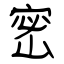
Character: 密